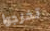
تخرجوا